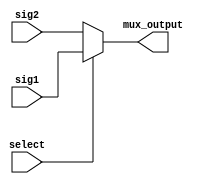
/*
 * Copyright 2016 <Admobilize>
 * MATRIX Labs  [http://creator.matrix.one]
 * This file is part of MATRIX Creator HDL for Spartan 6
 *
 * MATRIX Creator HDL is like free software: you can redistribute 
 * it and/or modify it under the terms of the GNU General Public License 
 * as published by the Free Software Foundation, either version 3 of the 
 * License, or (at your option) any later version.

 * This program is distributed in the hope that it will be useful, but 
 * WITHOUT ANY WARRANTY; without even the implied warranty of 
 * MERCHANTABILITY or FITNESS FOR A PARTICULAR PURPOSE.  See the GNU 
 * General Public License for more details.

 * You should have received a copy of the GNU General Public License along
 * with this program.  If not, see <http://www.gnu.org/licenses/>.
 */

module single_mux(
  input sig1,
  input sig2,
  input select,
  output reg mux_output);

always @(*)begin
  if (select)
    mux_output = sig1;
  else
    mux_output = sig2;
end


endmodule